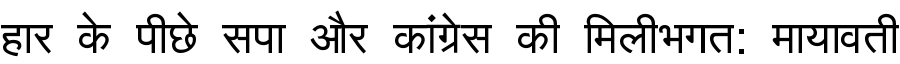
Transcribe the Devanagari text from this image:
हार के पीछे सपा और कांग्रेस की मिलीभगत: मायावती